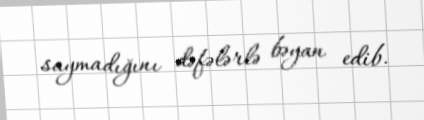
saymadığını dəfələrlə bəyan edib.